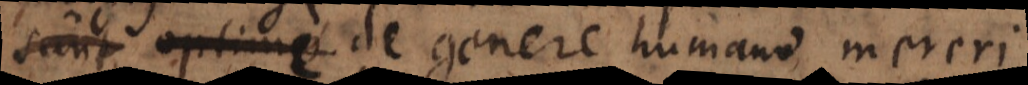
egregie de genere humano mereri